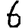
Digit: 6